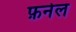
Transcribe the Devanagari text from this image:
फ़नेल